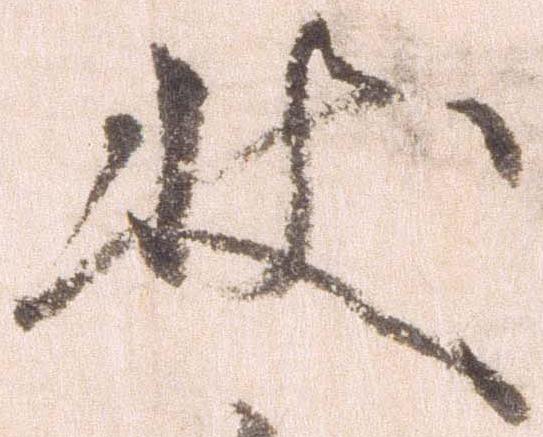
状